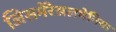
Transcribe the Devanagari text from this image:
जिसमेंरेसलमेनिया